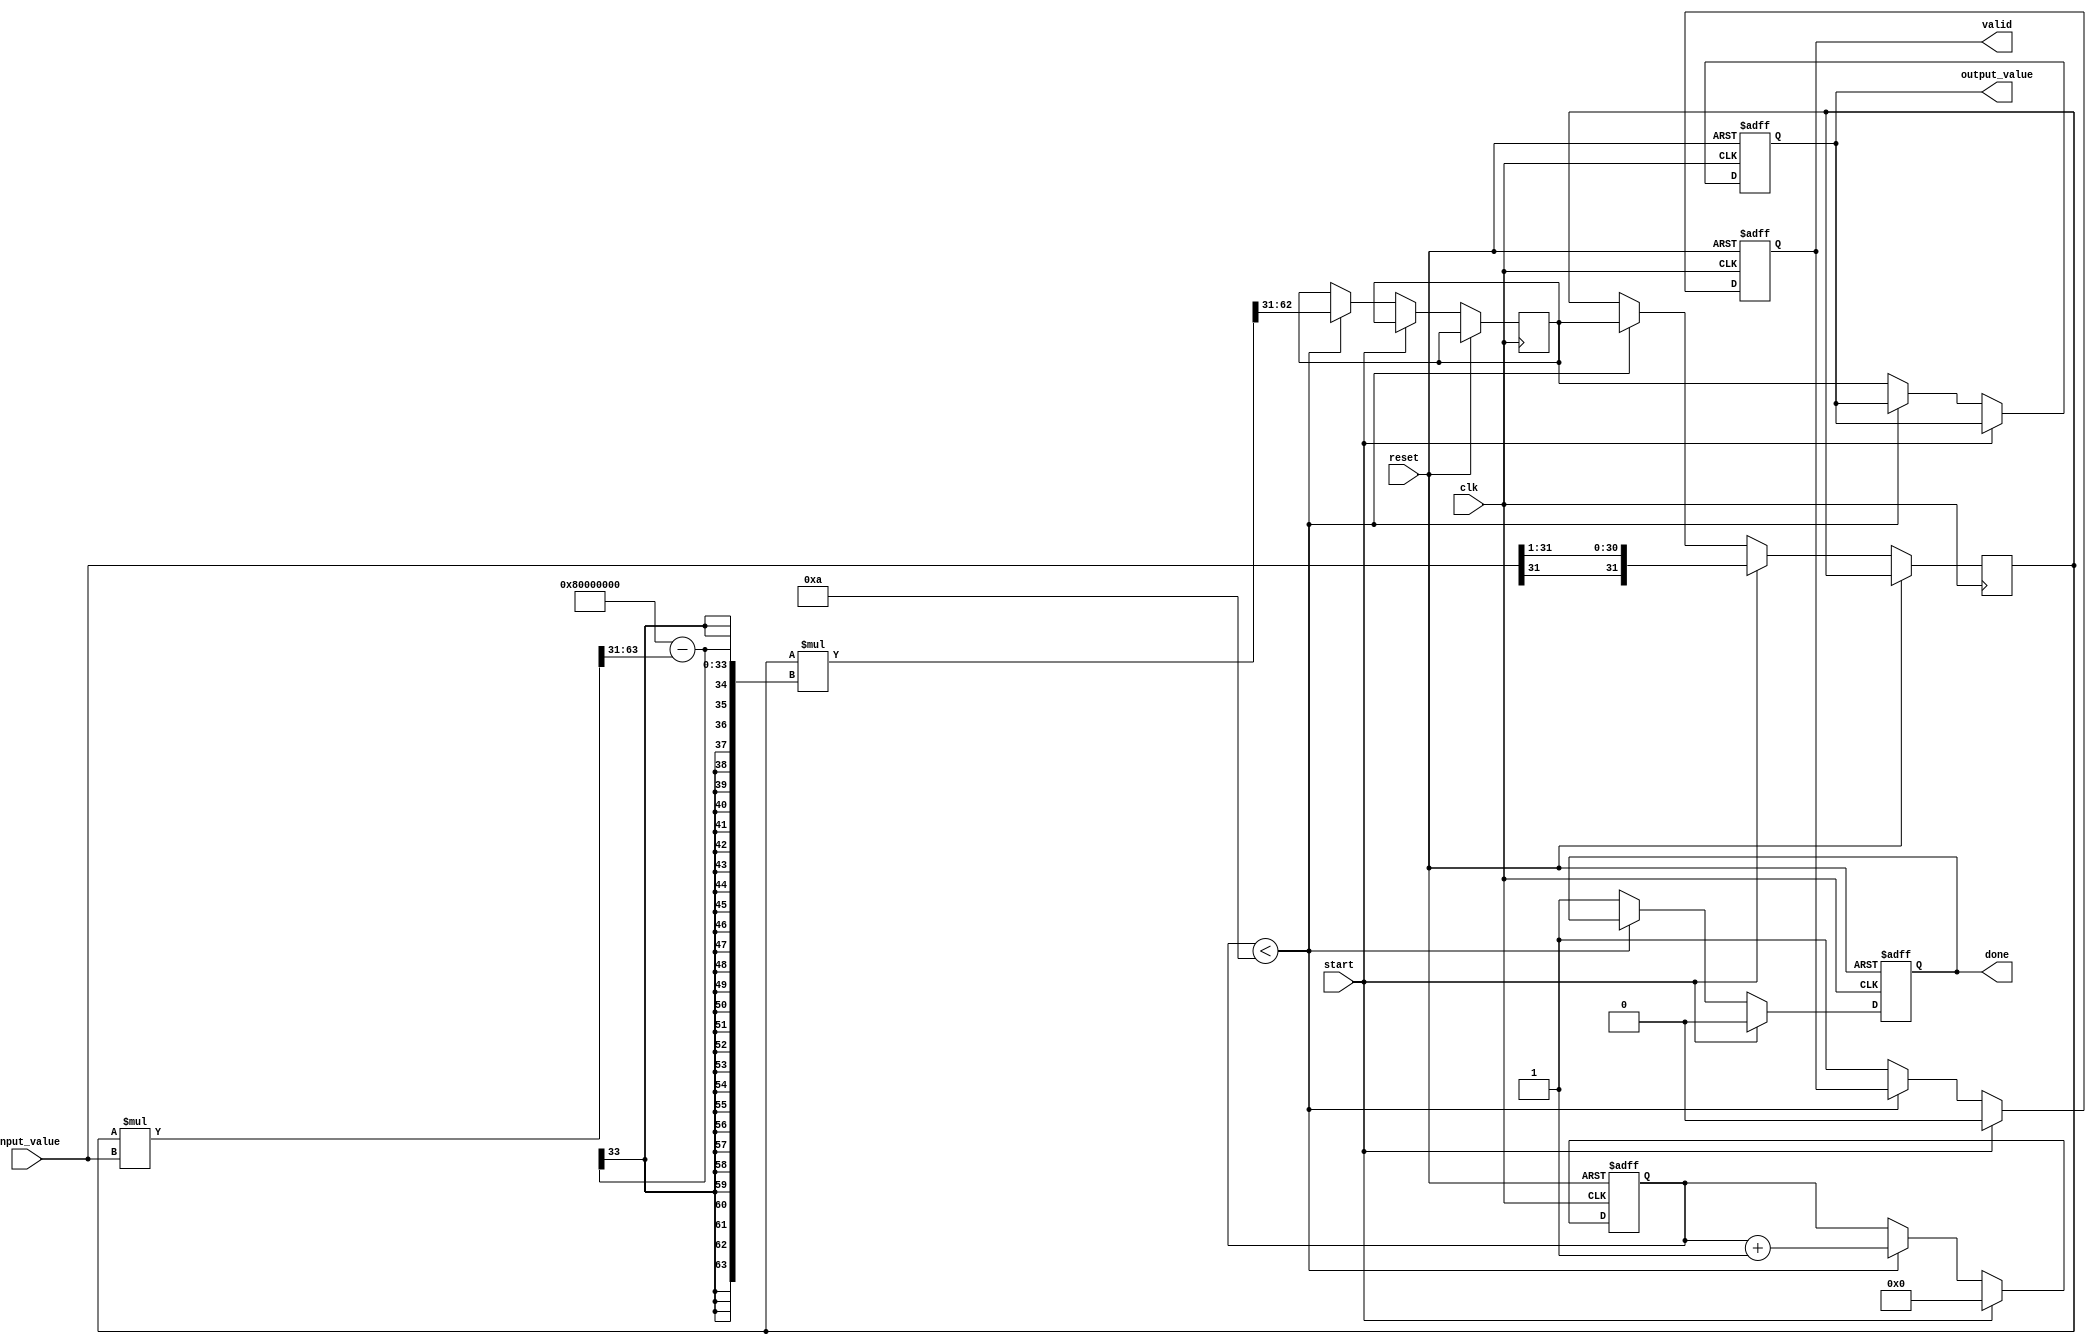
module DirectReciprocalUnit (
    input           clk,                // Clock signal
    input           reset,              // Asynchronous reset
    input           start,              // Start computation signal
    input   [31:0] input_value,         // Input value (fixed point, 32 bits)
    output  reg [31:0] output_value,    // Output value (reciprocal)
    output  reg done,                   // Done signal
    output  reg valid                   // Valid output signal
);

    reg [31:0] x; // Current approximation
    reg [31:0] next_x; // Next approximation
    reg [4:0] iteration_count; // Iteration counter
    localparam MAX_ITERATIONS = 10; // Defines the maximum iterations

    // Constant to multiply with the approximation
    reg [63:0] r = 64'h80000000; // 2^31

    always @(posedge clk or posedge reset) begin
        if (reset) begin
            output_value <= 32'b0;
            done <= 1'b0;
            valid <= 1'b0;
            iteration_count <= 5'b0;
        end else begin
            if (start) begin
                // Initialize the approximation
                x <= {input_value[31], input_value[31:1]}; // Initial guess (x0 = input_value / 2)
                iteration_count <= 5'b0;
                done <= 1'b0;
                valid <= 1'b0;
            end else if (iteration_count < MAX_ITERATIONS) begin
                // Newton-Raphson iteration: x(n+1) = x(n) * (2 - x(n) * input_value)
                next_x <= x * (r - (x * input_value >> 31)) >> 31;
                x <= next_x; // Update x
                iteration_count <= iteration_count + 1;
            end else begin
                output_value <= next_x; // Store final result
                done <= 1'b1; // Set done signal
                valid <= 1'b1; // Output is valid
            end
        end
    end

endmodule